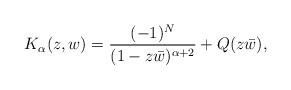
\begin{align*}K_{\alpha}(z,w) = \dfrac{(-1)^{N}}{(1-z\bar{w})^{\alpha+2}} +Q(z\bar{w}),\end{align*}